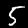
Digit: 5